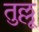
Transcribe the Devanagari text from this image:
तुल्लू